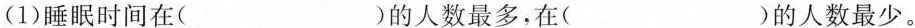
(1)睡眠时间在( )的人数最多，在( )的人数最少。